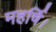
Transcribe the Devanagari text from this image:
महर्षि।